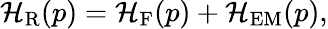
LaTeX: {\cal H}_{\mathrm{R}}(p)={\cal H}_{\mathrm{F}}(p)+{\cal H}_{\mathrm{EM}}(p),